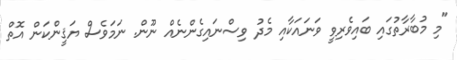
"މި މުބާރާތުގައި ބައިވެރިވީ ވަނައަކާއި މެދު ވިސްނައިގެންނެއް ނޫން. ނަމަވެސް ޔަޤީންކަން އޮތް